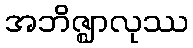
အဘိဇ္ဈာလုဿ